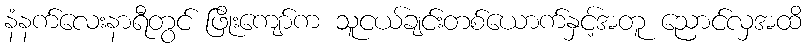
နံနက်လေးနာရီတွင် ဖြိုးကျော်က သူငယ်ချင်းတစ်ယောက်နှင့်အတူ ညောင်လှအထိ